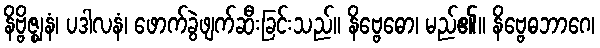
နိဗ္ဗိဇ္ဈနံ၊ ပဒါလနံ၊ ဖောက်ခွဲဖျက်ဆီးခြင်းသည်။ နိဗ္ဗေဓော၊ မည်၏။ နိဗ္ဗေဓဘာဂေ၊